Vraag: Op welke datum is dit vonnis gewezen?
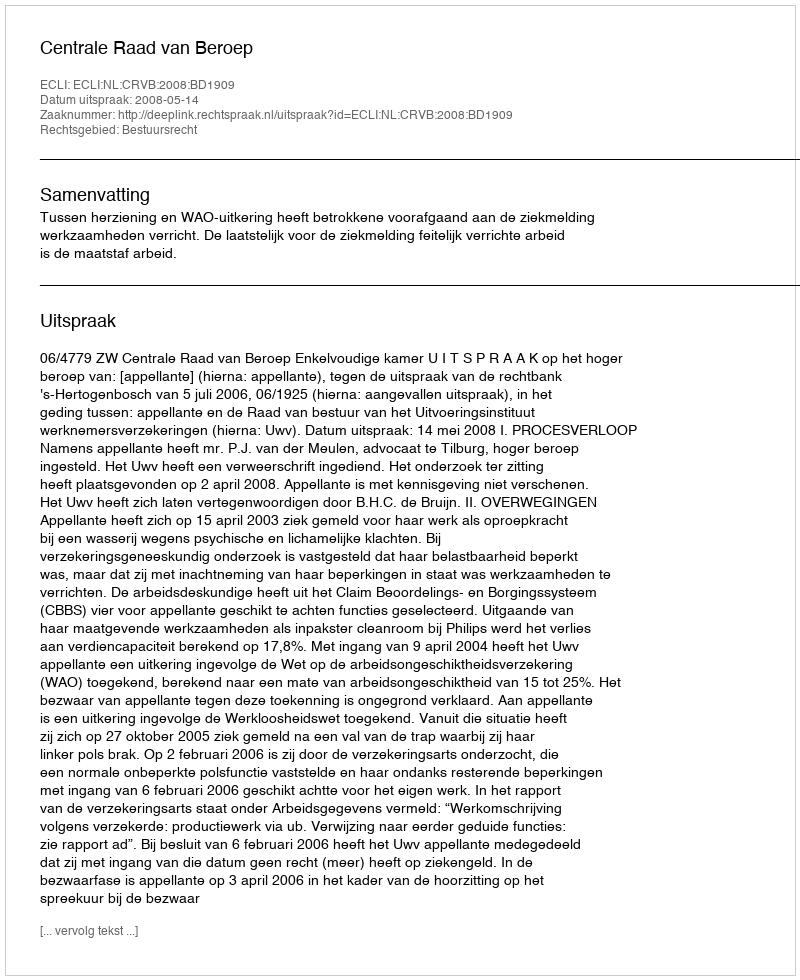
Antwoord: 2008-05-14